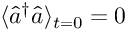
\langle \hat { a } ^ { \dagger } \hat { a } \rangle _ { t = 0 } = 0